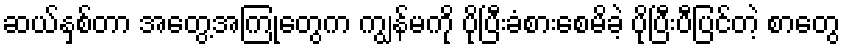
ဆယ်နှစ်တာ အတွေ့အကြုံတွေက ကျွန်မကို ပိုပြီးခံစားစေမိခဲ့ ပိုပြီးပီပြင်တဲ့ စာတွေ